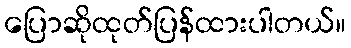
ပြောဆိုထုတ်ပြန်ထားပါတယ်။